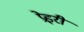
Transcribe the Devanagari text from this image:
प्रेइरी